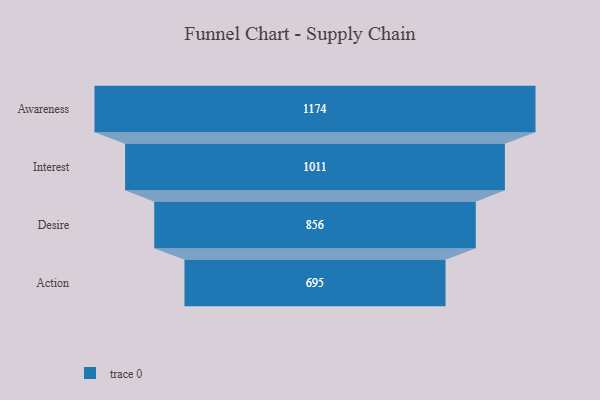
{"axis": {"x": "Stage", "y": "Value"}, "legend": [""], "data": [{"x": "Awareness", "y": 1174.0, "type": ""}, {"x": "Interest", "y": 1011.0, "type": ""}, {"x": "Desire", "y": 856.0, "type": ""}, {"x": "Action", "y": 695.0, "type": ""}]}